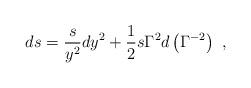
LaTeX: \begin{align*}ds={s\over y^2}dy^2+{1\over 2}s\Gamma^2 d\left(\Gamma^{-2}\right)\ ,\end{align*}